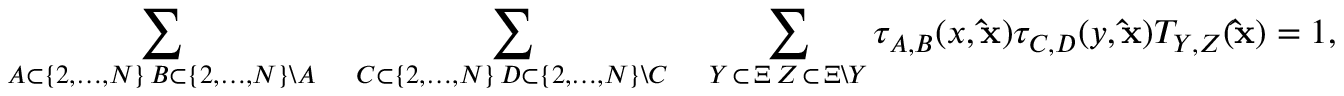
\sum _ { \substack { A \subset \{ 2 , \dots , N \} \, B \subset \{ 2 , \dots , N \} \backslash A } } \quad \sum _ { \substack { C \subset \{ 2 , \dots , N \} \, D \subset \{ 2 , \dots , N \} \backslash C } } \quad \sum _ { \substack { Y \, \subset \, \Xi \, Z \, \subset \, \Xi \backslash Y } } \tau _ { A , B } ( x , \mathbf { \hat { x } } ) \tau _ { C , D } ( y , \mathbf { \hat { x } } ) T _ { Y , Z } ( \mathbf { \hat { x } } ) = 1 ,